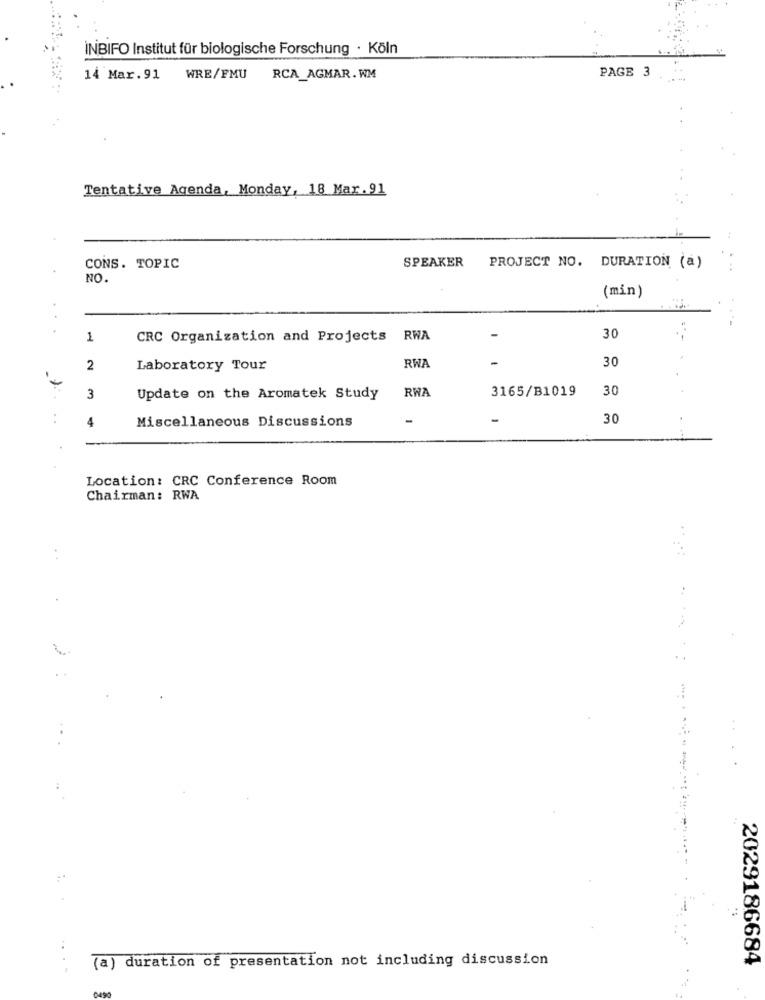
INBIFO Institut für biologische Forschung · Köln
PAGE 3
14 Mar. 91
WRE/FMU RCA_AGMAR.WM
Tentative Agenda, Monday, 18 Mar.91
SPEAKER
CONS. TOPIC
PROJECT NO. DURATION (a)
NO.
(min)
-
30
1
CRC Organization and Projects RWA
-
30
2
Laboratory Tour
RWA
RWA
3165/B1019
30
3
Update on the Aromatek Study
4
Miscellaneous Discussions
-
30
Location: CRC Conference Room
Chairman: RWA
1.
(a) duration of presentation not including discussion
.. . .
2029186684